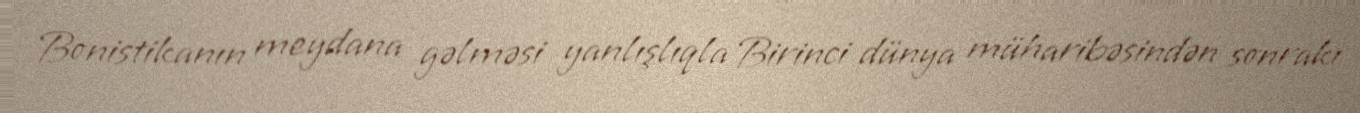
Bonistikanın meydana gəlməsi yanlışlıqla Birinci dünya müharibəsindən sonrakı